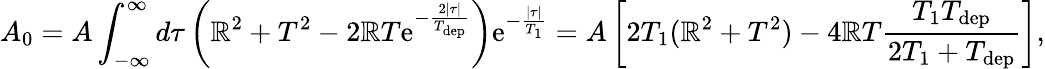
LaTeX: A_{0}=A\int_{-\infty}^{\infty}d\tau\left(\mathbb{R}^{2}+T^{2}-2\mathbb{R}T\mathrm{e}^{-\frac{{2|\tau|}}{{T_{\mathrm{{d\mathrm{e}p}}}}}}\right)\mathrm{e}^{-\frac{{|\tau|}}{{T_{1}}}}=A\left[2T_{1}(\mathbb{R}^{2}+T^{2})-4\mathbb{R}T\frac{{T_{1}T_{\mathrm{{d\mathrm{e}p}}}}}{{2T_{1}+T_{\mathrm{{d\mathrm{e}p}}}}}\right],